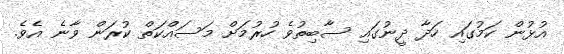
އުޅުން ކަމުގައި ހަދާ ދީނުގައި ސާބިތުވެ ހުރުމަށް މަސައްކަތް ކުރަން ވާނެ އެވެ.